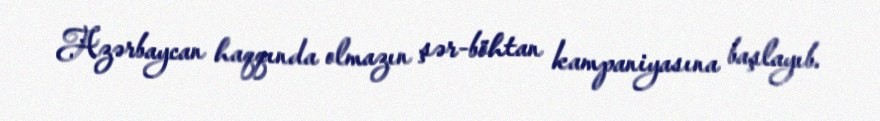
Azərbaycan haqqında olmazın şər-böhtan kampaniyasına başlayıb.